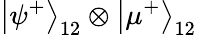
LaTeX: \left|\psi^{+}\right\rangle_{12}\otimes\left|\mu^{+}\right\rangle_{12}